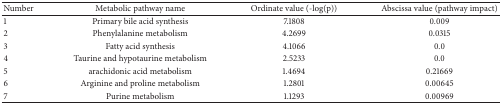
| Number | Metabolic pathway name | Ordinate value (-log(p)) | Abscissa value (pathway impact) |
 | --- | --- | --- | --- |
 | 1 | Primary bile acid synthesis | 7.1808 | 0.009 |
 | 2 | Phenylalanine metabolism | 4.2699 | 0.0315 |
 | 3 | Fatty acid synthesis | 4.1066 | 0.0 |
 | 4 | Taurine and hypotaurine metabolism | 2.5233 | 0.0 |
 | 5 | arachidonic acid metabolism | 1.4694 | 0.21669 |
 | 6 | Arginine and proline metabolism | 1.2801 | 0.00645 |
 | 7 | Purine metabolism | 1.1293 | 0.00969 |